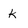
Character: K